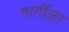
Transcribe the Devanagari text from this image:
गार्गीला